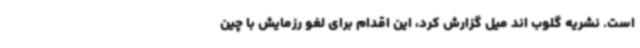
است. نشریه گلوب اند میل گزارش کرد، این اقدام برای لغو رزمایش با چین